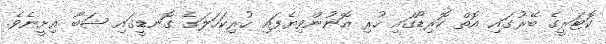
ކޮޓަރީގެ ބޭރުގައި އޮތް ކޮރިޑޯގައި ހުރި އޮނުންވިޔެފައި ހުރިކަހަލަގެ ގޮނޑީގައި ޝަބާ އިށީނެވެ.